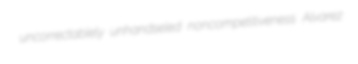
uncorrectablely unhandseled noncompetitiveness Alvarez